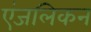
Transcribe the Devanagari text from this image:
एंजलिकन